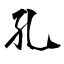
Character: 孔